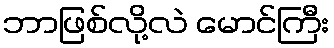
ဘာဖြစ်လို့လဲ မောင်ကြီး